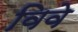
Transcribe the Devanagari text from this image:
विवे